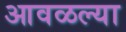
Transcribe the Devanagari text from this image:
आवळल्या